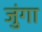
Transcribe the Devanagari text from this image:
जुंगा